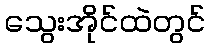
သွေးအိုင်ထဲတွင်